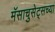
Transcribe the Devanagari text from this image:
मॅसाचुसेट्सच्या